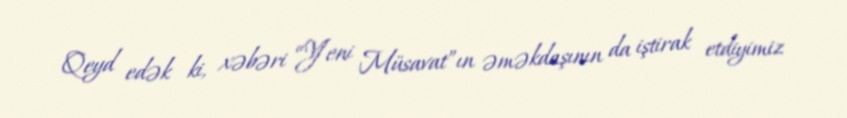
Qeyd edək ki, xəbəri “Yeni Müsavat”ın əməkdaşının da iştirak etdiyimiz